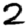
Digit: 2